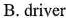
B.driver